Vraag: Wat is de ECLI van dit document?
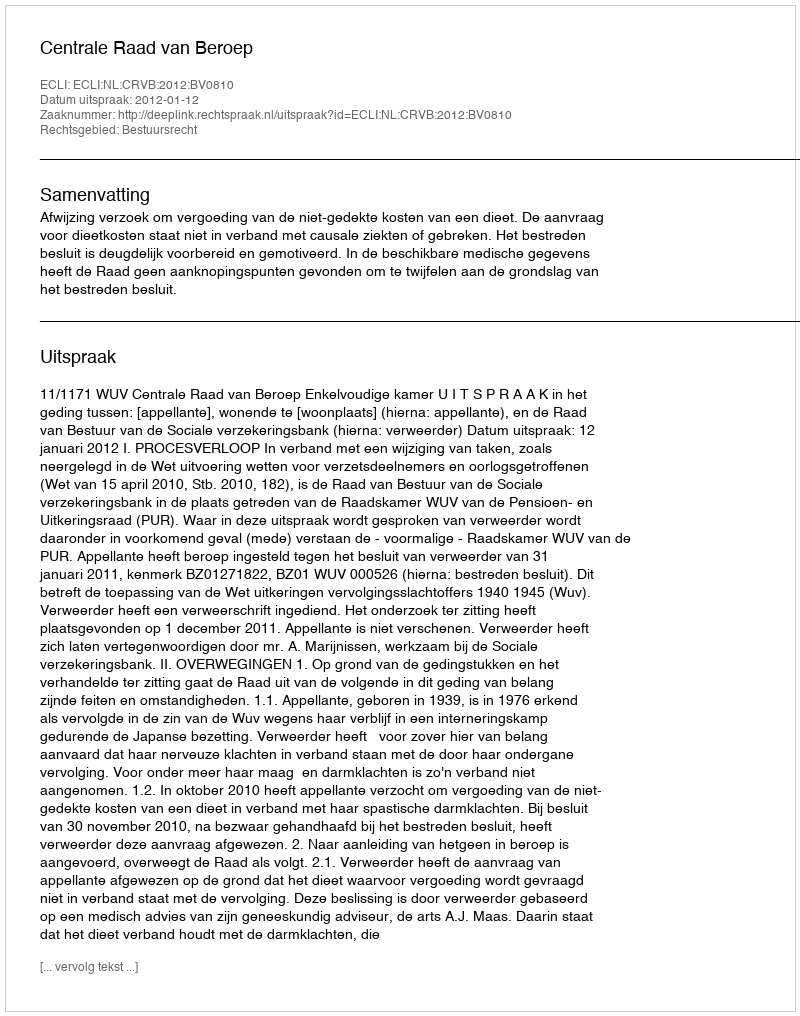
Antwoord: ECLI:NL:CRVB:2012:BV0810